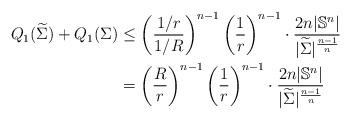
LaTeX: \begin{align*} Q_1(\widetilde{\Sigma})+Q_1(\Sigma) &\leq\left(\frac{1/r}{1/R}\right)^{n-1}\left(\frac{1}{r}\right)^{n-1}\cdot\frac{2n|\mathbb{S}^n|}{|\widetilde{\Sigma}|^{\frac{n-1}{n}}} \\ &=\left(\frac{R}{r}\right)^{n-1}\left(\frac{1}{r}\right)^{n-1}\cdot\frac{2n|\mathbb{S}^n|}{|\widetilde{\Sigma}|^{\frac{n-1}{n}}}\end{align*}